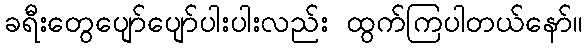
ခရီးတွေပျော်ပျော်ပါးပါးလည်း ထွက်ကြပါတယ်နော်။